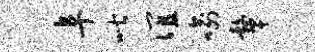
阜喈谊喻鼙